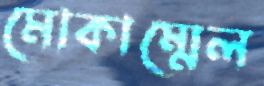
মোকাম্মেল